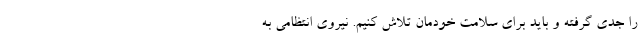
را جدی گرفته و باید برای سلامت خودمان تلاش کنیم. نیروی انتظامی به